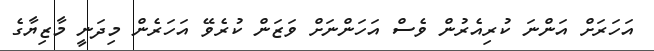
އަހަރަށް އަންނަ ކުރިއެރުން ވެސް އަހަންނަށް ވަޒަން ކުރެވޭ އަހަރެން މިދަނީ މާޒިޔާގެ